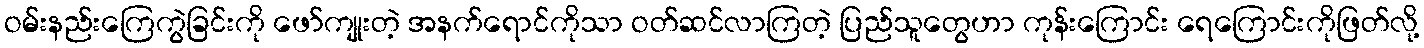
ဝမ်းနည်းကြေကွဲခြင်းကို ဖော်ကျုးတဲ့ အနက်ရောင်ကိုသာ ဝတ်ဆင်လာကြတဲ့ ပြည်သူတွေဟာ ကုန်းကြောင်း ရေကြောင်းကိုဖြတ်လို့